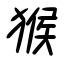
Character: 猴